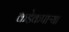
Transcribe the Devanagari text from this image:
कडेकपाऱ्या